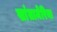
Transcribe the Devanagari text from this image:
सांतामेरिया